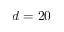
d = 2 0